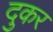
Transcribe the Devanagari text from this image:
दुकर